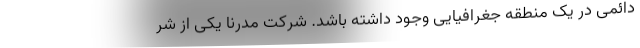
دائمی در یک منطقه جغرافیایی وجود داشته باشد. شرکت مدرنا یکی از شر